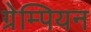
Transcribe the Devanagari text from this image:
ग्रेम्पियन